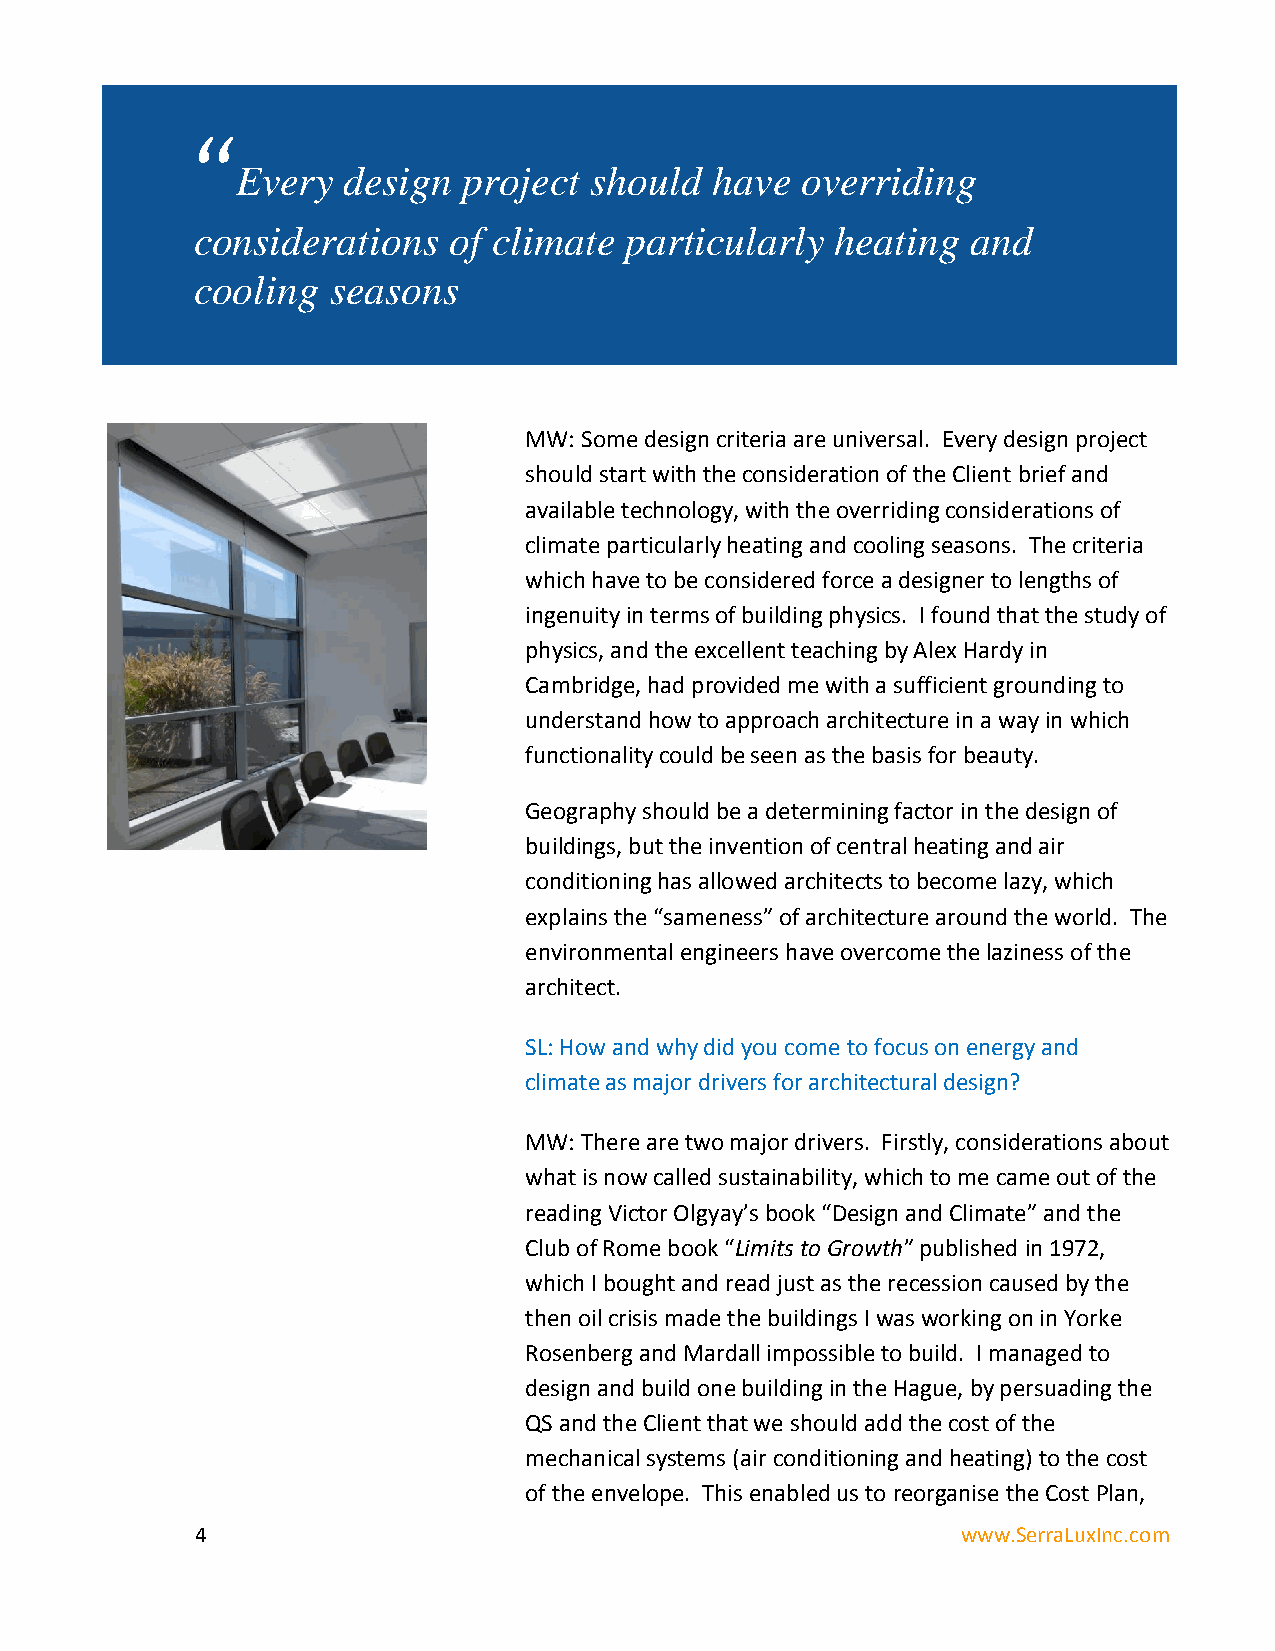
“
 Every  design  project should  have  overriding
 considerations   of climate particularly  heating  and
 cooling  seasons
 MW: Some design criteria are universal. Every design project
 should start with the consideration of the Client brief and
 available technology, with the overriding considerations of
 climate particularly heating and cooling seasons. The criteria
 which have to be considered force a designer to lengths of
 ingenuity in terms of building physics. I found that the study of
 physics, and the excellent teaching by Alex Hardy in
 Cambridge, had provided me with a sufficient grounding to
 understand how to approach architecture in a way in which
 functionality could be seen as the basis for beauty.
 Geography should be a determining factor in the design of
 buildings, but the invention of central heating and air
 conditioning has allowed architects to become lazy, which
 explains the “sameness” of architecture around the world. The
 environmental engineers have overcome the laziness of the
 architect.
 SL: How and why did you come to focus on energy and
 climate as major drivers for architectural design?
 MW: There are two major drivers. Firstly, considerations about
 what is now called sustainability, which to me came out of the
 reading Victor Olgyay’s book “Design and Climate” and the
 Club of Rome book “Limits to Growth” published in 1972,
 which I bought and read just as the recession caused by the
 then oil crisis made the buildings I was working on in Yorke
 Rosenberg and Mardall impossible to build. I managed to
 design and build one building in the Hague, by persuading the
 QS and the Client that we should add the cost of the
 mechanical systems (air conditioning and heating) to the cost
 of the envelope. This enabled us to reorganise the Cost Plan,
 4                                                  www.SerraLuxInc.com